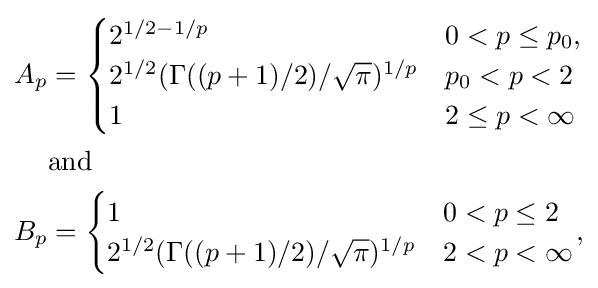
{\begin{aligned}A_{p}&={\begin{cases}2^{1/2-1/p}&0<p\leq p_{0},\\2^{1/2}(\Gamma ((p+1)/2)/{\sqrt {\pi }})^{1/p}&p_{0}<p<2\\1&2\leq p<\infty \end{cases}}\\&{\text{and}}\\B_{p}&={\begin{cases}1&0<p\leq 2\\2^{1/2}(\Gamma ((p+1)/2)/{\sqrt {\pi }})^{1/p}&2<p<\infty \end{cases}},\end{aligned}}